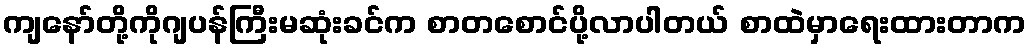
ကျနော်တို့ကိုဂျပန်ကြီးမဆုံးခင်က စာတစောင်ပို့လာပါတယ် စာထဲမှာရေးထားတာက